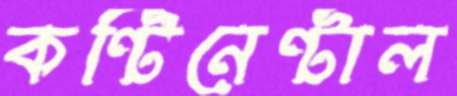
কন্টিনেন্টাল